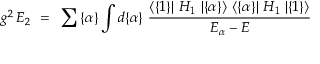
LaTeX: g ^ { 2 } \, E _ { 2 } ~ = ~ \sum { \{ \alpha \} } \int d \{ \alpha \} ~ { \frac { \langle \{ 1 \} \vert ~ H _ { 1 } ~ \vert \{ \alpha \} \rangle ~ \langle \{ \alpha \} \vert ~ H _ { 1 } ~ \vert \{ 1 \} \rangle } { E _ { \alpha } - E } }